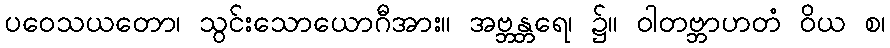
ပဝေသယတော၊ သွင်းသောယောဂီအား။ အဗ္ဘန္တရေ၊ ၌။ ဝါတဗ္ဘာဟတံ ဝိယ စ၊